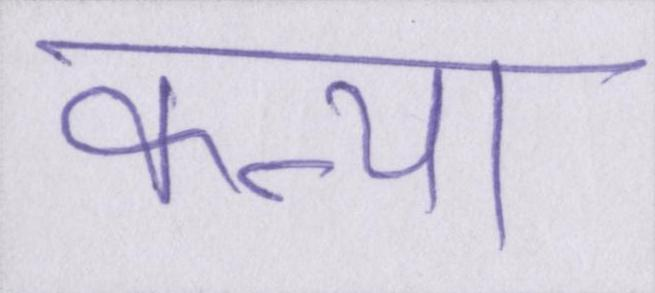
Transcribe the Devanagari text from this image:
कन्या